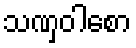
သဏှဝါစော